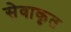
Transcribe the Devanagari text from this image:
सेवाकृत